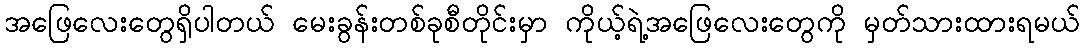
အဖြေလေးတွေရှိပါတယ် မေးခွန်းတစ်ခုစီတိုင်းမှာ ကိုယ့်ရဲ့အဖြေလေးတွေကို မှတ်သားထားရမယ်